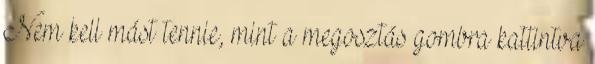
Nem kell mást tennie, mint a megosztás gombra kattintva